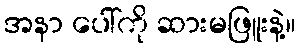
အနာ ပေါ်ကို ဆားမဖြူးနဲ့။